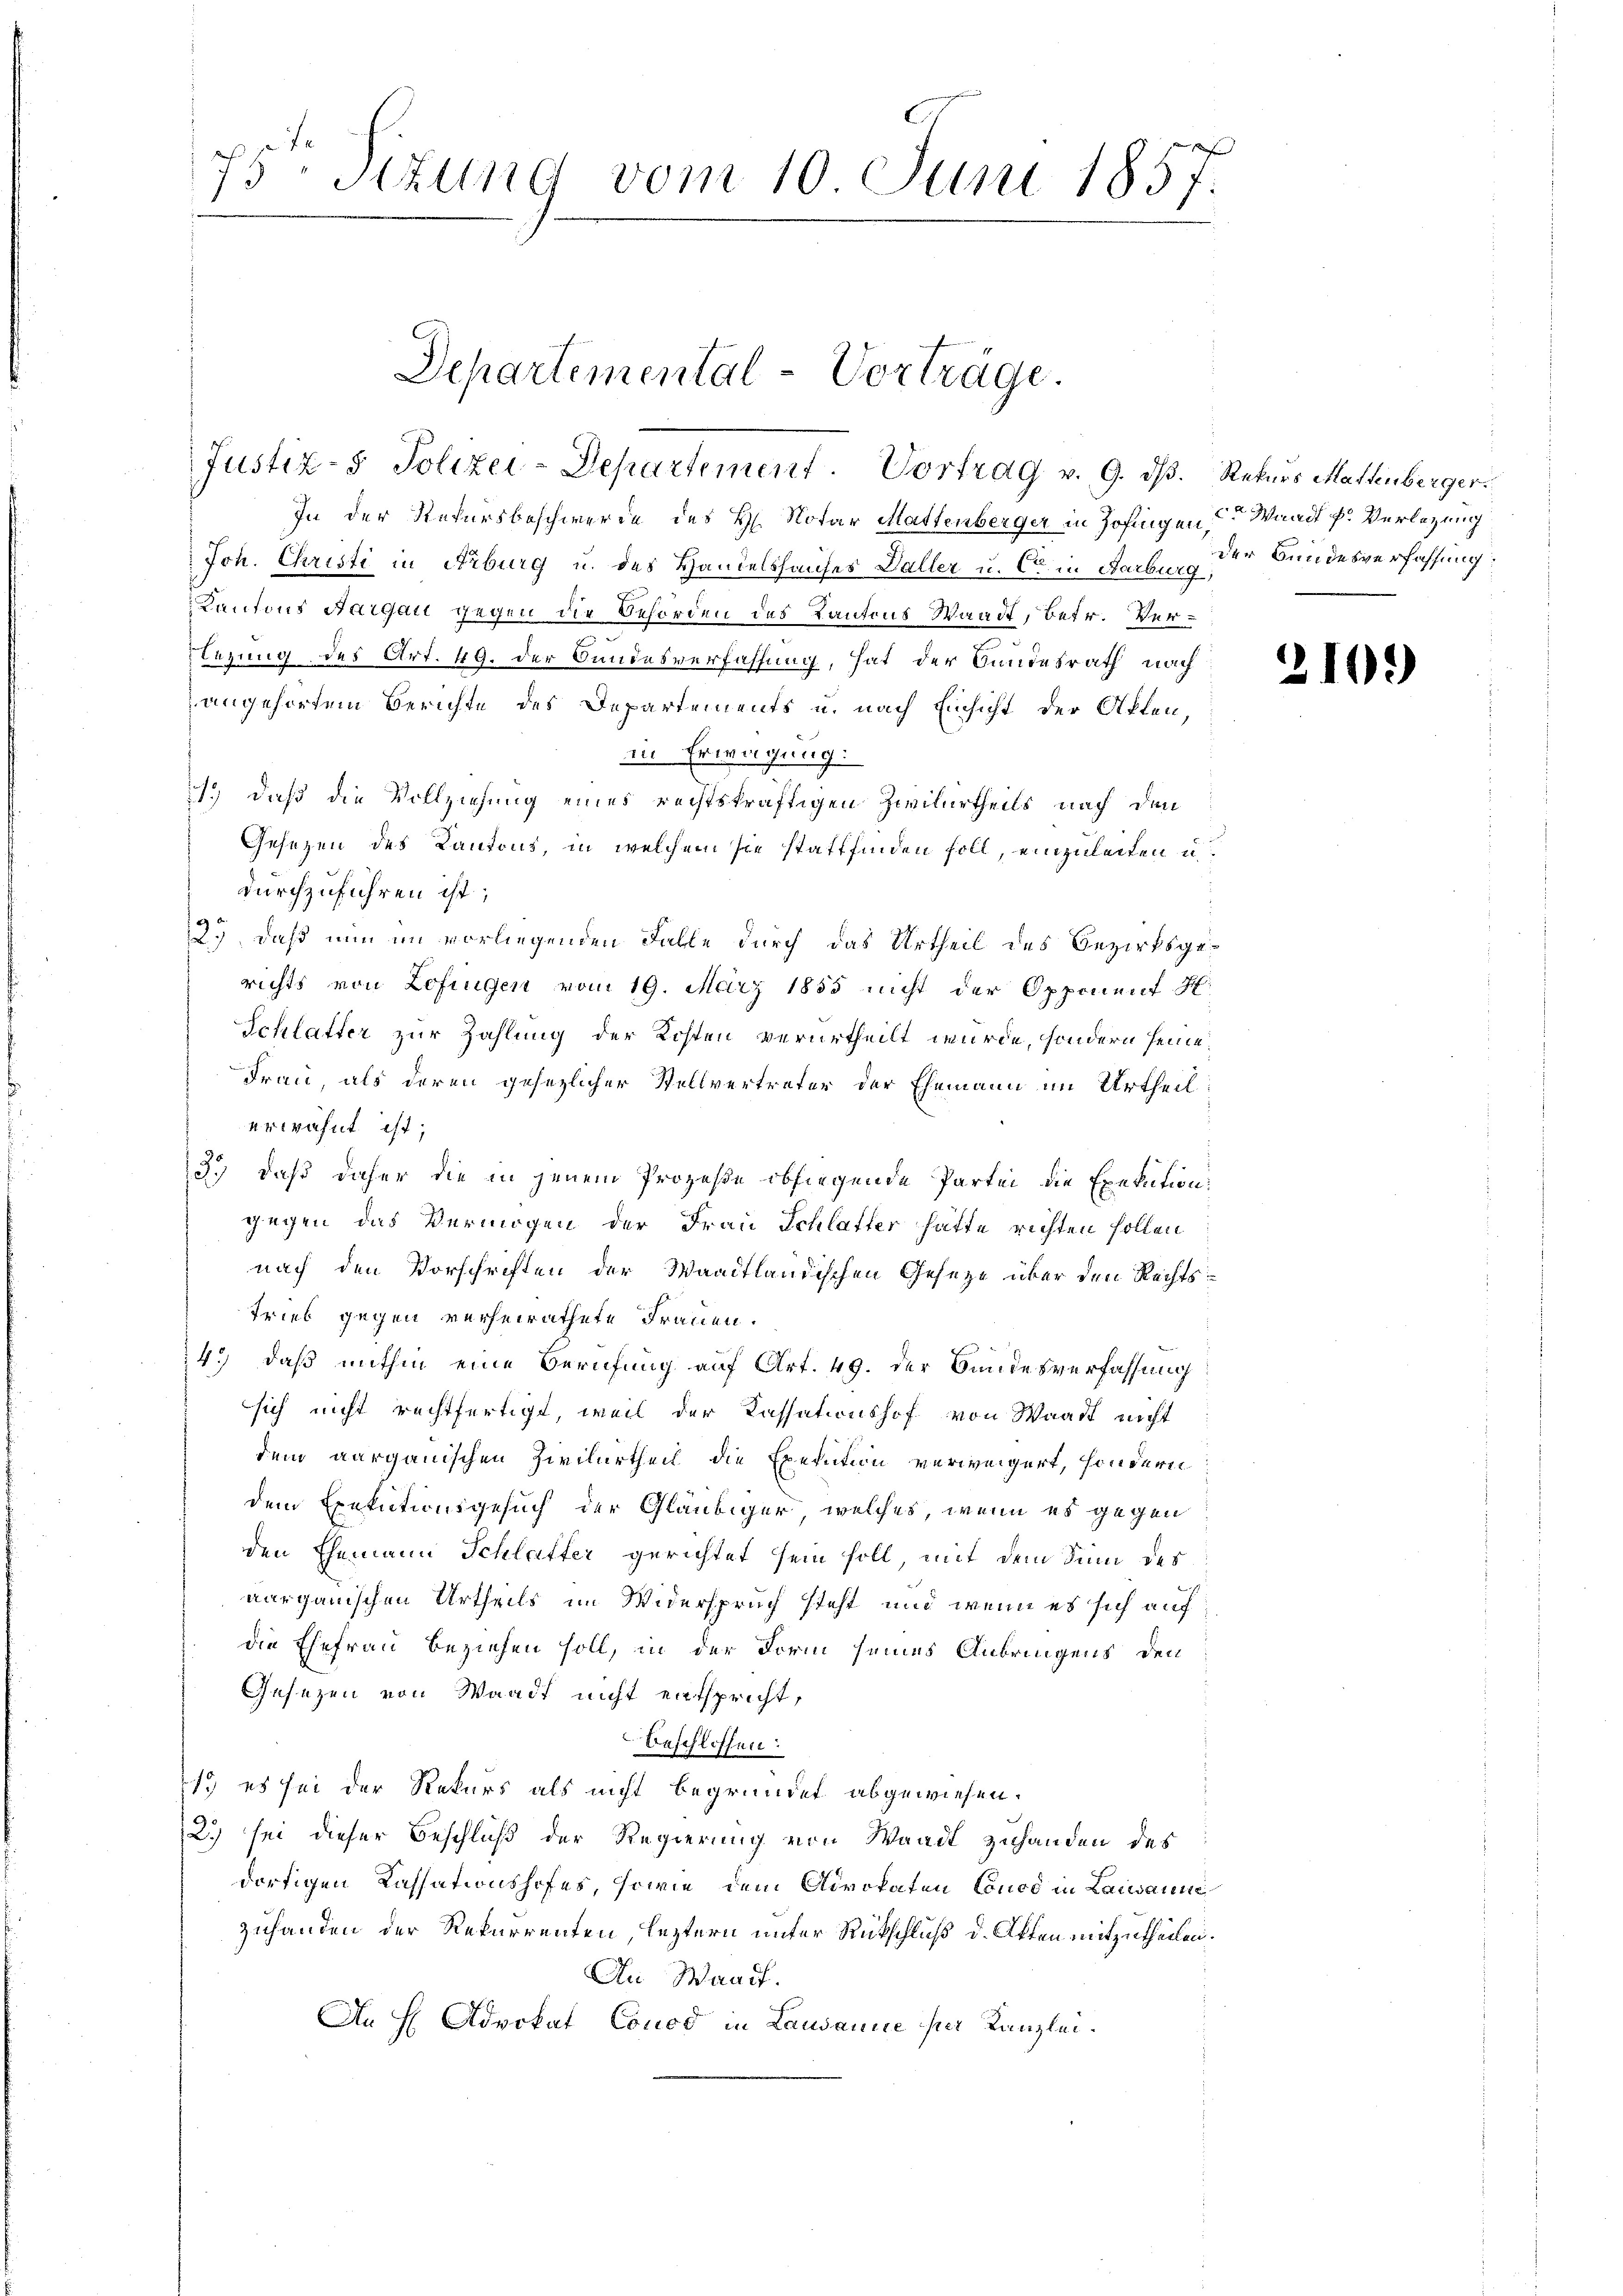
75 Stund vom 10. Juni 1857.

Separtemental-Vortrage.
Justiz- & Polizei-Departement. Vortrag v. 9. dβ. Rekurs Mattenberger

In der Rekursbeschwerde des H. Notar Mattenberger in Zofingen
Joh. Christi in Arburg u. des Handelshauses Daller u. C in Farben der Bundesverfassung:
Kantons Aargau gegen die Behörden des Kantons Waadt, betr. Verslegung des Art. 49. der Bundesverfassung, hat der Bundesrath nach
angehörtem Berichte des Departements u. nach Einsicht der Akten,
in Erwägung:
1., daß die Vollziehung eines rechtskräftigen Zivilurtheils nach den
Gesezen des Kantons, in welchem sie stattfinden soll, einzuleiten u.
durchzuführen ist;
2.) daß nun im vorliegenden Falle durch das Urtheil des Bezirksgerichts von Zofingen vom 19. März 1855 nicht der Opponiert H.
Schlatter zur Zahlung der Kosten verurtheilt wurde, sondern seine
Frau, als deren gesezlicher Stellvertreter der Ehemann im Urtheil:
erwähnt ist;
3.) daß daher die in jenem Prozeße obliegende Partei die Exekution:
gegen das Vermögen der Frau Schlatter hätte richten sollen
nach den Vorschriften der Waadtländischen Geseze über den Rechts¬
Trieb gegen verheirathete Frauen.
4.) daß mithin eine Berufung auf Art. 49. der Bundesverfassung
sich nicht rechtfertigt, weil der Cassationshof von Waadt nicht
dem aargauischen Zivilurtheil die Exekution verweigert, sondern
dem Exekutionsgesuch der Gläubiger, welches, wenn es gegen
den Ehemann Schlafter gerichtet sein soll, mit dem Sinn des
aargauischen Urtheils im Widerspruch steht und wenn es sich auf
die Ehefrau beziehen soll, in der Form seines Anbringens den
Gesezen von Waadt nicht entspricht,
beschlossen:
1) es sei der Rekurs als nicht begründet abgewiesen.
2.) sei dieser Beschluß der Regierung von Waadt zuhanden des
dortigen Cassationshofes, sowie dem Advokaten Conce in Lausanne
zuhanden der Rekurrenten, leztern unter Rückschluß d. Akten mitzutheilen.
An Waadt.
An H Advokat Couod in Lausanne per Kanzlei¬

de Waadt P. Verlegung

2109